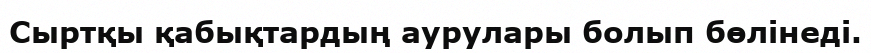
Сыртқы қабықтардың аурулары болып бөлінеді.